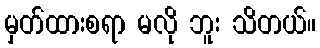
မှတ်ထားစရာ မလို ဘူး သိတယ်။